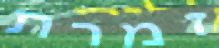
זמרת